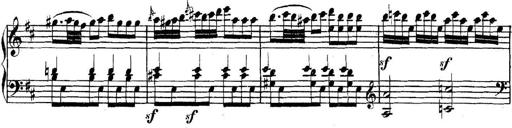
Title: Collected Piano Sonatas
Composer: Muzio Clementi